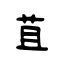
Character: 苴